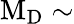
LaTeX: \mathrm{{M_{D}}\sim}